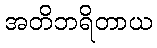
အတိဘရိတာယ